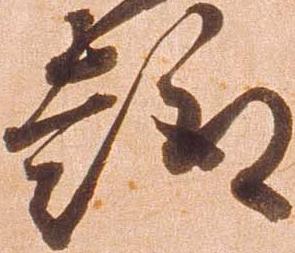
趣